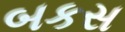
બકસ